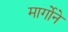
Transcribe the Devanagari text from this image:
मार्गोने